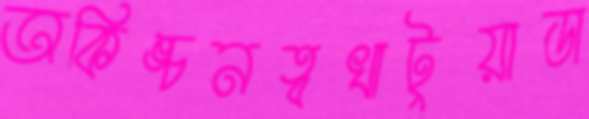
অকিঙ্চনত্বখাটুয়াডা